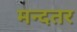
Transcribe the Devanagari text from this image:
मन्दतर